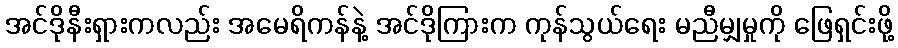
အင်ဒိုနီးရှားကလည်း အမေရိကန်နဲ့ အင်ဒိုကြားက ကုန်သွယ်ရေး မညီမျှမှုကို ဖြေရှင်းဖို့